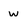
Character: w